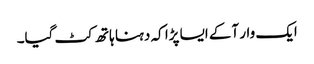
ایک وار آکے ایسا پڑا کہ دہنا ہاتھ کٹ گیا۔